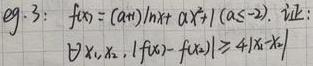
$eg.3:\ f(x)=(a + 1)\ln x+ax^{2}+1(a\leq -2).\  证  明 :$
$\forall x_{1},x_{2},|f(x_{1})-f(x_{2})|\geq 4|x_{1}-x_{2}|$